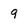
Character: 9